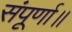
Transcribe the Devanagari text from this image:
संपूर्णा॥